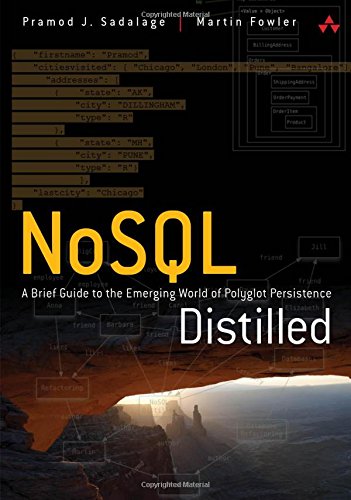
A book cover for NoSQL Distilled: A Brief Guide to the Emerging World of Polyglot Persistence; Pramod J. Sadalage; Computers & Technology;